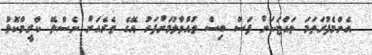
އެންމެފުރަތަމަ ތައްޓަކަށް ފަސް ބިސް ތުއްވާލުމަށްފަހު އޭގެ ތެރެއަށް ނެސްލޭ ކްރީމްކޮޅު